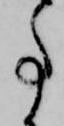
事